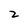
Character: 2